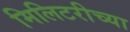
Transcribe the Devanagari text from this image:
मिलिटरीच्या